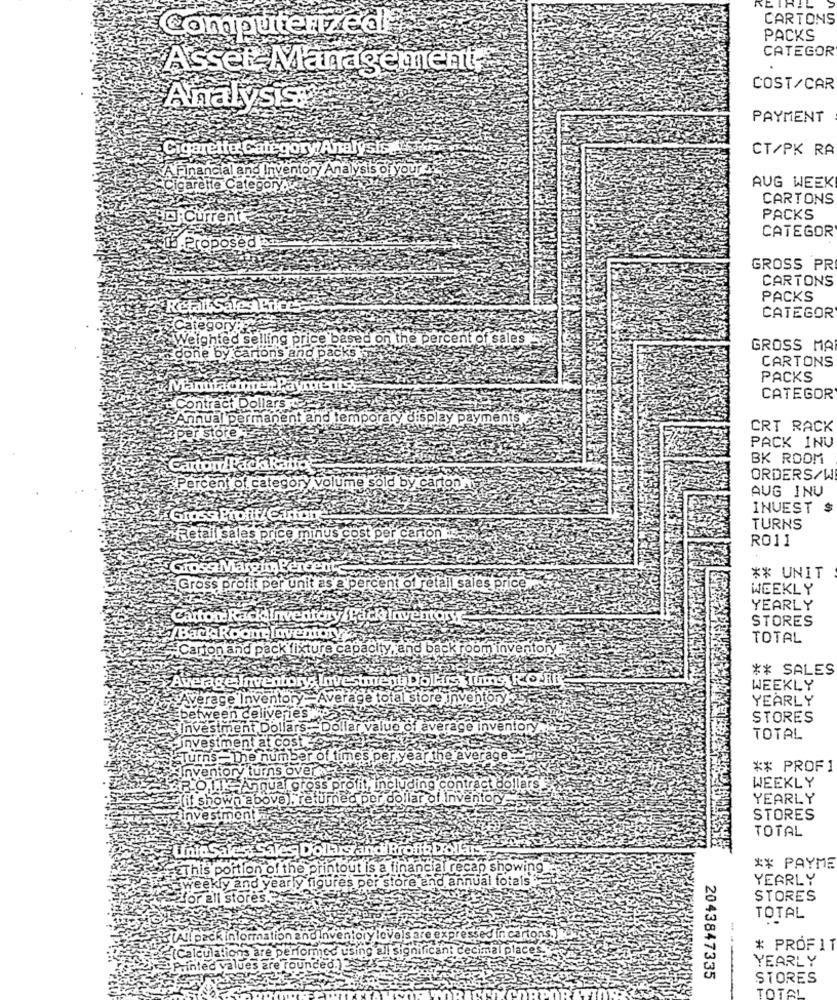
BIRIL
CARTONS
Computerized
PACKS
CATEGOR
Asset Management,
COST/CAR
Analysis:
PAYMENT
Cigarette Category Analysis ..
CT/PK RA
inan
il and Inventory Analysis of your Je
AUG WEEK
CARTONS
PACKS
CATEGOR
Proposed
GROSS PR
CARTONS
PACKS
CATEGOR
lling.P.
rice
d on the percent of cales
GROSS MA
by carton's and P
CARTONS
PACKS
CATEGOR
Contract
Dolla
Annual permanent and temporary display payments
CRT RACK
per store
PACK 1NU
BK ROOM
Carton/PackR
ORDERS/W
Percent of category volume sold by cartonning
AUG INU
INVEST $
Gross Profit/Carton
TURNS
Retail sales price minus cos
carton
RO11
Gio
** UNIT
Gross profit per un
retail sales price
WEEKLY
YEARLY
Gattone
STORES
TOTAL
ck fix
id backroom!
** SALES
WEEKLY
entor
ge to
YEARLY
re inventory
STORES
alue of
rage inventory
TOTAL
of times per year the average
** PROFI
WEEKLY
Annua gross profit, including contract dollars
own above), returned per dollar of Inventor
YEARLY
STORES
TOTAL
Sales Sales Dollars and Profit Dolar
This portion of the printout is a financial recap showing
** PAYME
kly and yearly figures per store and annual totais
YEARLY
for all stores
STORES
TOTAL
pack information an
ory levels are expressed in cartons.
(Calculations are performed usi
g all significan: decimal places
* PROFIT
YEARLY
Tinted values are rounded.)
2043847335
STORES
TOTAL